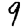
Digit: 9